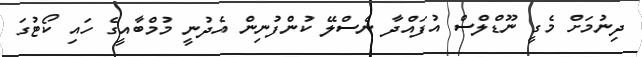
ދިނުމަށް މެގީ ނޫޑްލްސް އުފައްދާ ނެސްލޭ ކުންފުނިން އެދުނީ މުމްބާއީގެ ހައި ކޯޓުގަ